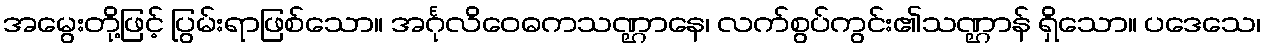
အမွေးတို့ဖြင့် ပြွမ်းရာဖြစ်သော။ အင်္ဂုလိဝေဓကသဏ္ဌာနေ၊ လက်စွပ်ကွင်း၏သဏ္ဌာန် ရှိသော။ ပဒေသေ၊